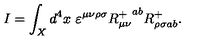
I = \int _ { X } d ^ { 4 } x \ \varepsilon ^ { \mu \nu \rho \sigma } { R _ { \mu \nu } ^ { + } } ^ { a b } R _ { \rho \sigma a b } ^ { + } .